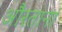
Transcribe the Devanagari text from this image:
औरताना